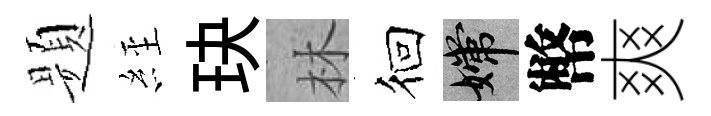
题𦀇玦林徊嫦幣爽